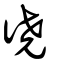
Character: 徺